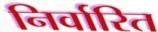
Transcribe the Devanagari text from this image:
निर्वारित